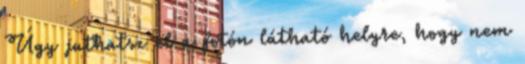
Úgy juthatsz el a fotón látható helyre, hogy nem